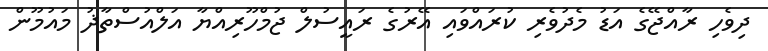
ދިވެހި ރާއްޖޭގެ އަޑު މެދުވެރި ކުރައްވައި އޭރުގެ ރައީސުލް ޖުމްހޫރިއްޔާ އަލްއުސްތާޛު މައުމޫން